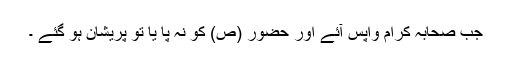
جب صحابہ کرام واپس آئے اور حضور (ص) کو نہ پا یا تو پریشان ہو گئے ۔